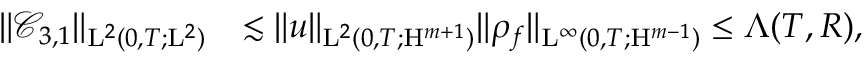
\begin{array} { r l } { \Vert \mathcal { C } _ { 3 , 1 } \Vert _ { \mathrm { L } ^ { 2 } ( 0 , T ; \mathrm { L } ^ { 2 } ) } } & { \lesssim \Vert u \Vert _ { \mathrm { L } ^ { 2 } ( 0 , T ; \mathrm { H } ^ { m + 1 } ) } \Vert \rho _ { f } \Vert _ { \mathrm { L } ^ { \infty } ( 0 , T ; \mathrm { H } ^ { m - 1 } ) } \leq \Lambda ( T , R ) , } \end{array}